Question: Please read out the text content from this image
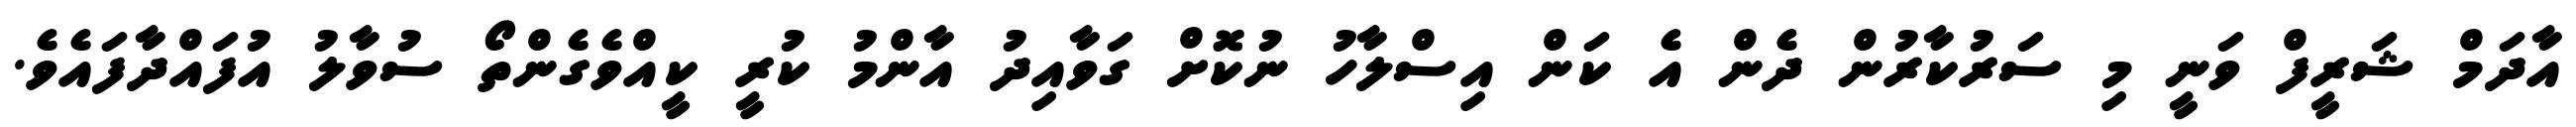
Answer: އާދަމް ޝަރީފް ވަނީ މި ސަރުކާރުން ދެން އެ ކަން އިސްލާހު ނުކޮށް ގަވާއިދު އާންމު ކުރީ ކީއްވެގެންތޯ ސުވާލު އުފައްދާފައެވެ.